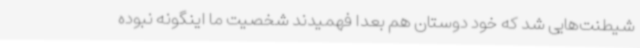
شیطنت‌هایی شد که خود دوستان هم بعدا فهمیدند شخصیت ما اینگونه نبوده